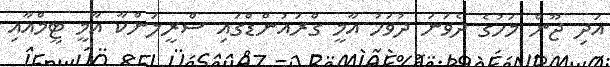
އަދި ޖޫން މަހުގެ ދެވަނަ ދުވަހު އާމީ ގްރައުންޑްގައި ސްރީލަންކާ އާމީ ޓީމްއާއި